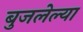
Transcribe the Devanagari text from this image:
बुजलेल्या